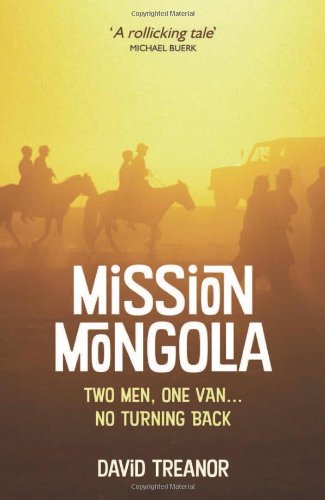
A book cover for Mission Mongolia: Two Men, One Van, No Turning Back; David Treanor; Travel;